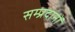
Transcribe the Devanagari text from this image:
सम्प्रदानों